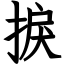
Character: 捩